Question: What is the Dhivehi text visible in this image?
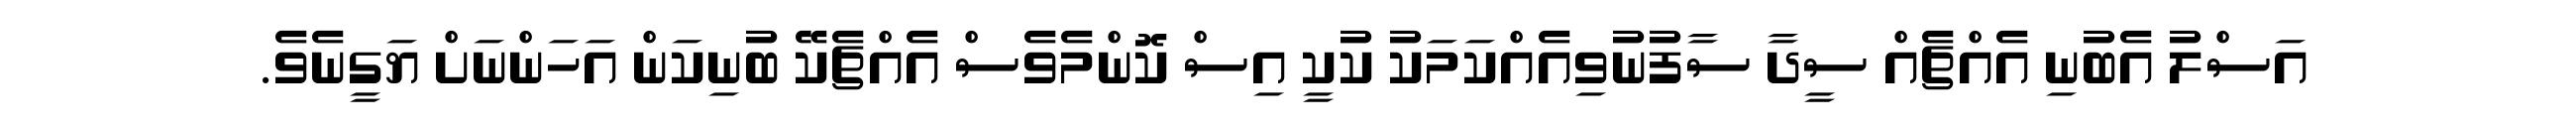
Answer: އަސްލު އެބުނި އެއްޗެއް ސީދާ ސާފުނުވިއެއްކަމަކު ކުކީ އިސް ކޮންމެވެސް އެއްޗެކޭ ބުނިކަން އަހަންނަށް ޔަގީނެވެ.